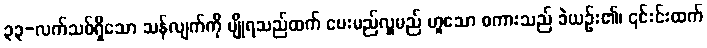
၃၃-လက်သစ်ရှိသော သန်လျက်ကို မျိုရသည်ထက် ပေးမည်လှူမည် ဟူသော စကားသည် ခဲယဉ်း၏၊ ၎င်းင်းထက်